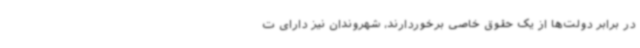
در برابر دولت‌ها از یک حقوق خاصی برخوردارند، شهروندان نیز دارای ت